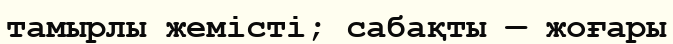
тамырлы жемісті; сабақты — жоғары